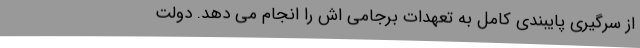
از سرگیری پایبندی کامل به تعهدات برجامی اش را انجام می دهد. دولت